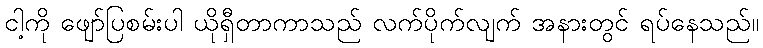
ငါ့ကို ဖျော်ပြစမ်းပါ ယိုရှီတာကာသည် လက်ပိုက်လျက် အနားတွင် ရပ်နေသည်။